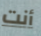
أنت